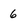
Character: 6